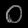
Digit: ၀